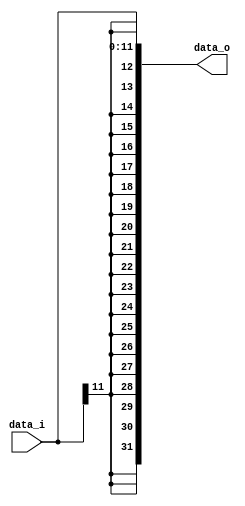
module Sign_Extend
(
    data_i,
    data_o
);

// Ports
input   [11:0]       data_i;
output  [31:0]       data_o;

reg     [31:0]       data_o;

always@(data_i)
begin
    data_o[11:0] = data_i[11:0];
    data_o[31:12] = {20{data_i[11]}};
end

endmodule